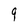
Character: 9